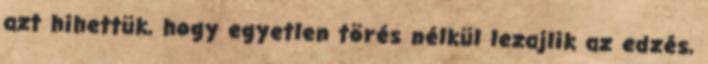
azt hihettük, hogy egyetlen törés nélkül lezajlik az edzés,